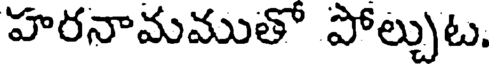
హరనామముతో పోల్చుట.